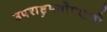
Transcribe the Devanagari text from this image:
उपराष्ट्रपतीपदाची